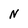
Character: N